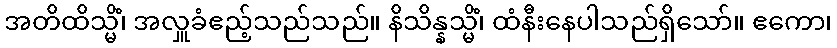
အတိထိသ္မိံ၊ အလှူခံဧည့်သည်သည်။ နိသိန္နသ္မိံ၊ ထံနီးနေပါသည်ရှိသော်။ ဧကော၊